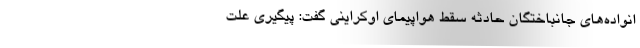
انواده‌های جانباختگان حادثه سقط هواپیمای اوکراینی گفت: پیگیری علت